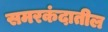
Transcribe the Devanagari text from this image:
समरकंदातील